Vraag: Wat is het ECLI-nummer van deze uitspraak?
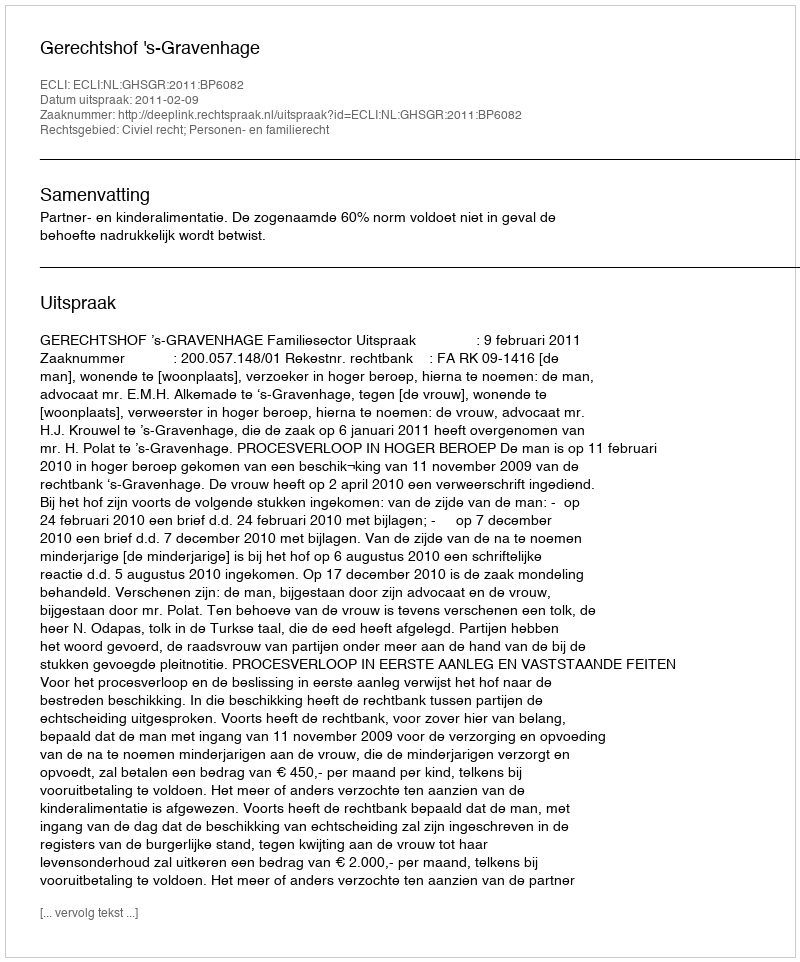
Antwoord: ECLI:NL:GHSGR:2011:BP6082